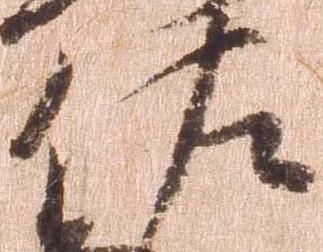
佐